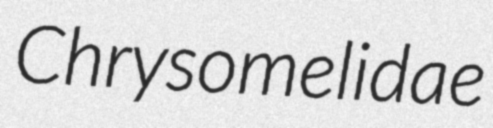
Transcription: Chrysomelidae